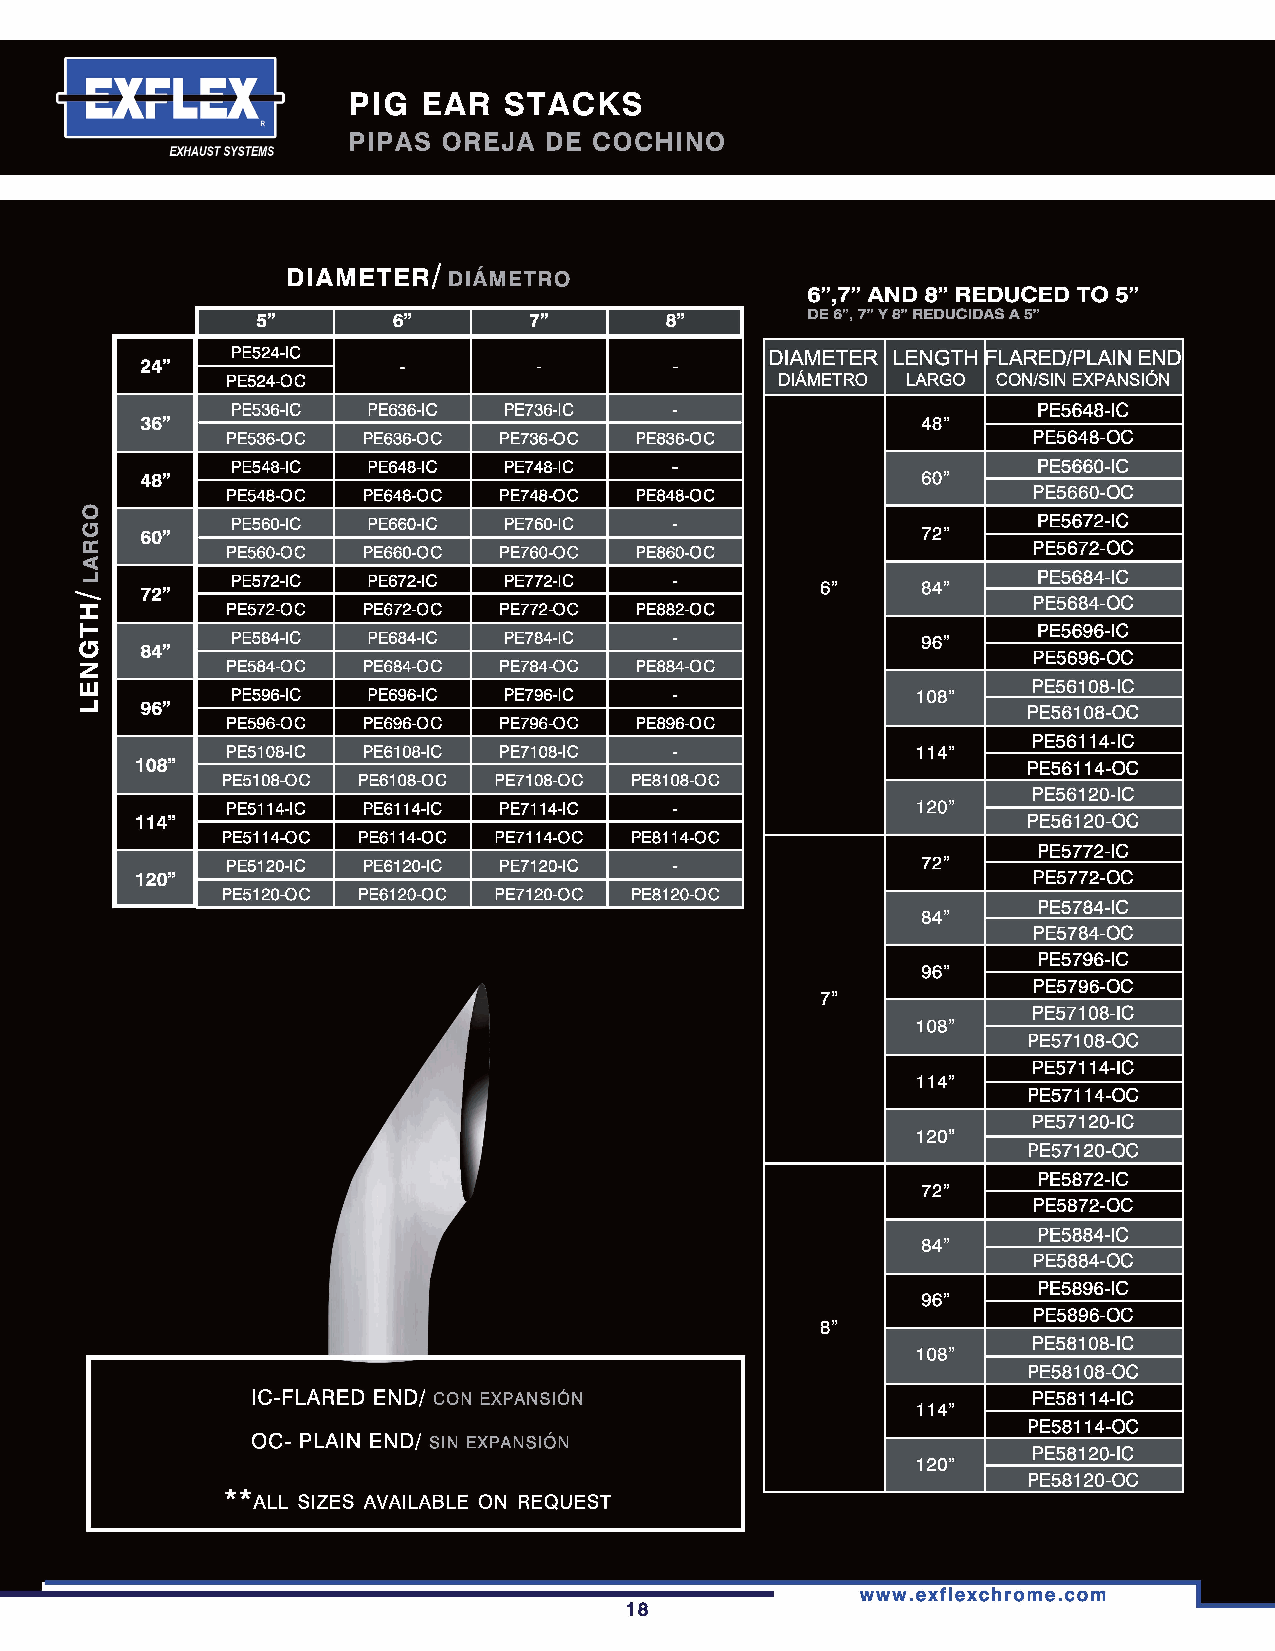
DIAMETER/  DIÁMETRO
 6" 7" ANO 8" REDUCED TO 5"
 6",
 5"       6"       7"       8"        DE 7" Y 8" REDUCIDAS A 5"
 PE524-IC                                          FLARED/PLAIN END
 PE524-OC                                           CON/SIN EXPANSIÓN
 PE536-IC          PE736-IC                            PE5648-IC
 PE536-OC          PE736-OC                           PE5648-OC
 PE548-IC          PE748-IC                            PE5660-IC
 PE548-OC          PE748-OC                           PE5660-OC
 PE560-IC          PE760-IC                            PE5672-IC
 PE560-OC PE660-OC PE760-OC                           PE5672-OC
 PE572-IC PE672-IC PE772-IC                            PE5684-IC
 PE5684-OC
 PE572-OC PE672-OC PE772-OC
 PE5696-IC
 PE584-IC PE684-IC PE784-IC
 PE5696-OC
 PE584-OC PE684-OC PE784-OC
 PE56108-IC
 PE596-IC PE696-IC PE796-IC
 PE56108-OC
 PE596-OC PE696-OC PE796-OC
 PE56114-IC
 PE5108-IC PE6108-IC PE7108-IC
 PE56114-OC
 PE5108-OC PE6108-OC PE7108-OC
 PE56120-IC
 PE5114-IC PE6114-IC PE7114-IC
 PE56120-OC
 PE5114-OC PE6114-OC PE7114-OC
 PE5772-IC
 PE5120-IC PE6120-IC PE7120-IC
 PE5772-OC
 PE5120-OC PE6120-OC PE7120-OC
 PE5784-IC
 PE5784-OC
 PE5796-IC
 PE5796-OC
 PE57108-IC
 PE57108-OC
 PE57114-IC
 PE57114-OC
 PE57120-IC
 PE57120-OC
 PE5872-IC
 PE5872-OC
 PE5884-IC
 PE5884-OC
 PE5896-IC
 PE5896-OC
 PE58108-IC
 PE58108-OC
 PE58114-IC
 PE58114-OC
 PE58120-IC
 PE58120-OC